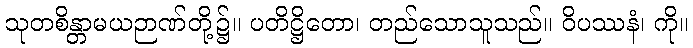
သုတစိန္တာမယဉာဏ်တို့၌။ ပတိဋ္ဌိတော၊ တည်သောသူသည်။ ဝိပဿနံ၊ ကို။